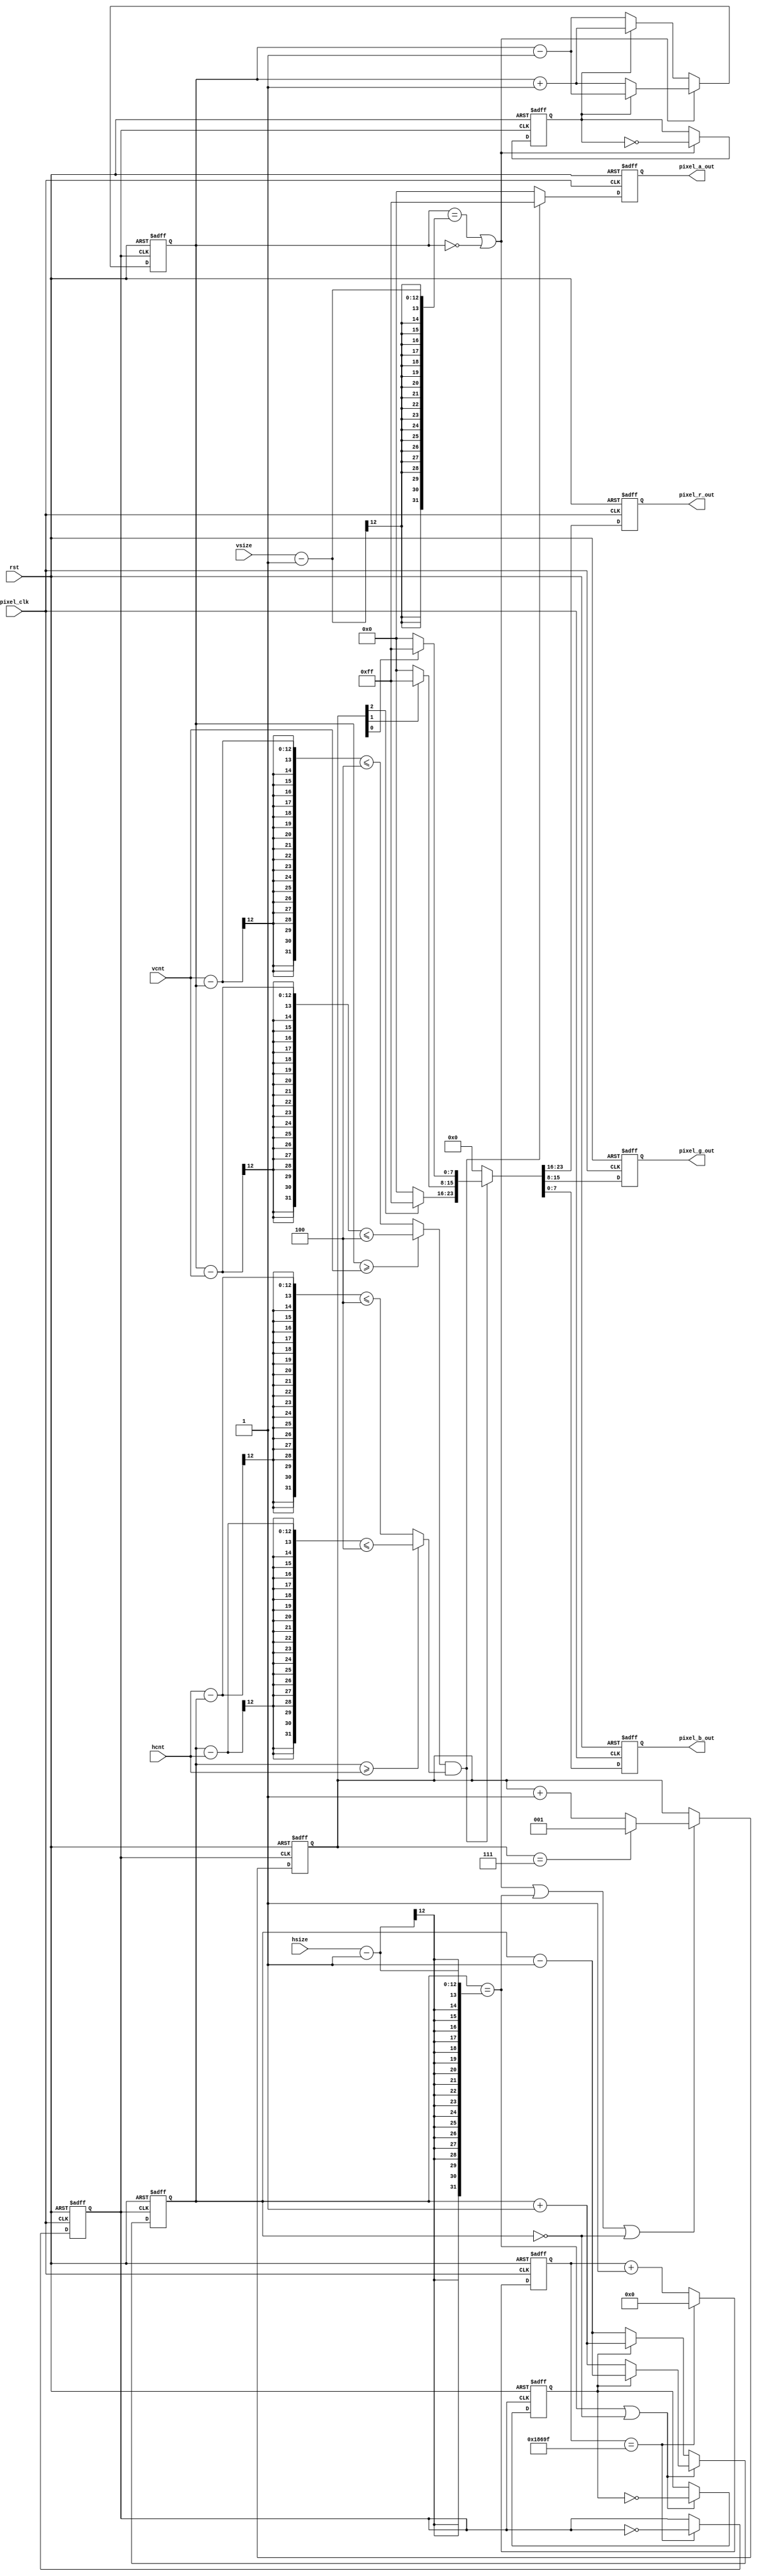
/*
--   : 2015-05-05
--   : EP4CE22F17C8
--   : pixel_clk<=165MHz
--   : rst
              h/vcnth/vsize
              pixel_*_out
*/
module image(
input wire pixel_clk,
input wire rst,
input wire[11:0] hcnt,
input wire[11:0] vcnt,
input wire[11:0] hsize,
input wire[11:0] vsize,
output reg[7:0] pixel_r_out,
output reg[7:0] pixel_g_out,
output reg[7:0] pixel_b_out,
output reg[7:0] pixel_a_out
);

reg clk_move;
reg[18:0] cnt_clk;

always @(posedge pixel_clk or negedge rst) begin
    if (!rst) begin
        clk_move<=1;
        cnt_clk<=0;
    end
    else if (cnt_clk == 100000-1) begin
        cnt_clk<=0;
        clk_move<=~clk_move;
    end
    else begin
        cnt_clk<=cnt_clk+1;
    end
end

reg [11:0] x,y;

reg [2:0] color;
wire [7:0] r_val, b_val, g_val;
assign r_val = color[2]?8'hff:0;
assign g_val = color[1]?8'hff:0;
assign b_val = color[0]?8'hff:0;

assign in_area = (x>=vcnt?x-vcnt<=4:vcnt-x<=4)&&(y>=hcnt?y-hcnt<=4:hcnt-y<=4);

always @(posedge pixel_clk or negedge rst) begin
    if (!rst) begin
        pixel_r_out<=0;
        pixel_g_out<=0;
        pixel_b_out<=0;
        pixel_a_out<=0;
    end
    else begin
        {pixel_r_out,pixel_g_out,pixel_b_out} <= 
            in_area/*(vcnt==x&&hcnt==y)*/ ? {r_val,g_val,b_val} : 0;
        pixel_a_out <= in_area ? 8'hff : 8'h0;
    end
end

reg dir_x, dir_y;
wire rev_dir_x, rev_dir_y;

assign rev_dir_x = ~dir_x;
assign rev_dir_y = ~dir_y;

always @(posedge clk_move or negedge rst) begin
    if (!rst) begin
        x<=0;
        y<=0;
        dir_x<=0;
        dir_y<=0;
        color<=0;
    end
    else begin
        if (x==vsize-1 || x==0 || y==hsize-1 || y==0) begin
            color<=(color==3'b111) ? 1'd1 : color+1'd1;
        end
        if (x==vsize-1 || x==0) begin
            dir_x<=rev_dir_x;
            x<=rev_dir_x?x+1'd1:x-1'd1;
        end
        else begin
            x<=dir_x?x+1'd1:x-1'd1;
        end
        if (y==hsize-1 || y==0) begin
            dir_y<=rev_dir_y;
            y<=rev_dir_y?y+1'd1:y-1'd1;
        end
        else begin
            y<=dir_y?y+1'd1:y-1'd1;
        end
    end
end

endmodule